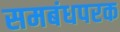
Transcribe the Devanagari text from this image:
समबंधपरक